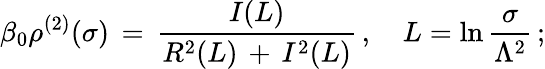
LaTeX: \beta_{0}\rho^{(2)}(\sigma)\, =\, \frac{I(L)}{R^{2}(L)\, +\, I^{2}(L)}\, ,\quad L=\ln\frac{\sigma}{\Lambda^{2}}\, ;